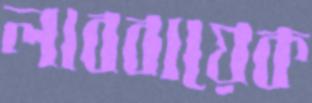
লাব্বায়েক